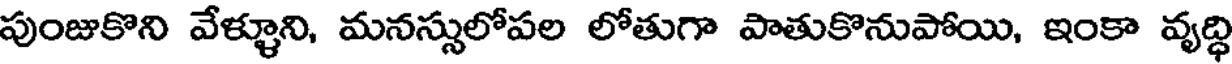
పుంజుకొని వేళ్ళూని, మనస్సులోపల లోతుగా పాతుకొనుపోయి, ఇంకా వృద్ధి